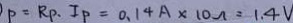
P = R _ { P } . I _ { P } = 0 . 1 4 A \times 1 0 \Omega = 1 . 4 V